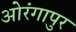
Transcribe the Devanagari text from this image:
ओरंगापुर